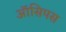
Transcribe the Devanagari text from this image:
ऑसिपस